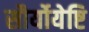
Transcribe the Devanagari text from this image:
सौर्योयेष्टि